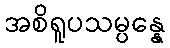
အစိရူပသမ္ပန္နေ